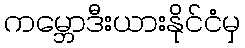
ကမ္ဘောဒီးယားနိုင်ငံမှ